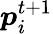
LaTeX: \boldsymbol{p}_{i}^{t+1}